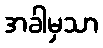
အခါမှသာ